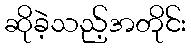
ဆိုခဲ့သည့်အတိုင်း